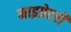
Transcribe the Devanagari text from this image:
माइग्रेटरी